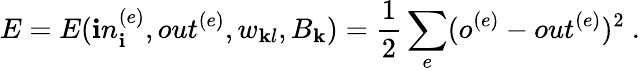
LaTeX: E=E(\mathbf{i}n_{\mathbf{i}}^{(e)},out^{(e)},w_{\mathbf{k}l},B_{\mathbf{k}})=\frac{{1}}{{2}}\sum_{e}(o^{(e)}-out^{(e)})^{2}\ .